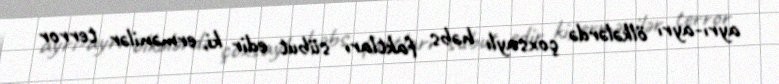
ayrı-ayrı ölkələrdə çoxsaylı həbs faktları sübut edir ki, ermənilər terror